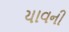
યાવની